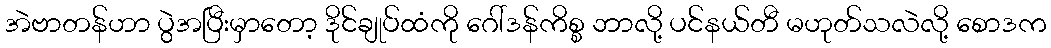
အဲဗာတန်ဟာ ပွဲအပြီးမှာတော့ ဒိုင်ချုပ်ထံကို ဂေါ်ဒန်ကိစ္စ ဘာလို့ ပင်နယ်တီ မဟုတ်သလဲလို့ စောဒက